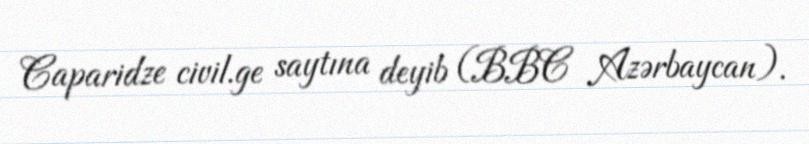
Caparidze civil.ge saytına deyib (BBC Azərbaycan).